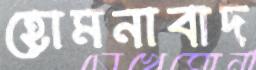
হোমনাবাদ